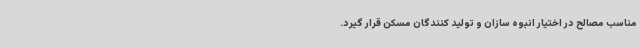
مناسب مصالح در اختیار انبوه سازان و تولید کنندگان مسکن قرار گیرد.